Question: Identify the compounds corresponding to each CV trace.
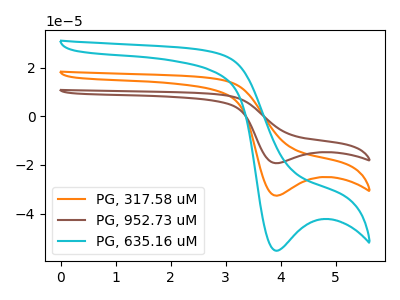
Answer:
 <answer>The orange curve is labeled "PG, 317.58 uM". The brown curve is labeled "PG, 952.73 uM". The cyan curve is labeled "PG, 635.16 uM".</answer>
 <eval></eval>